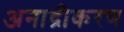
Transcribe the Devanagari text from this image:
अनाद्रीकरण